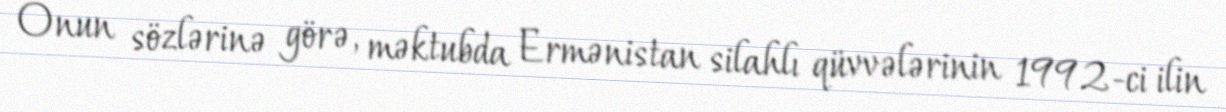
Onun sözlərinə görə, məktubda Ermənistan silahlı qüvvələrinin 1992-ci ilin